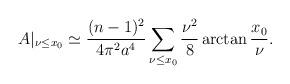
LaTeX: \begin{align*}A|_{\nu\leq x_0}\simeq\frac{(n-1)^2}{4 \pi^2 a^4}\sum_{\nu\leq x_0}\frac{\nu^2}{8}\arctan \frac{x_0}{\nu}.\end{align*}